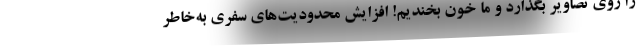
را روی تصاویر بگذارد و ما خون بخندیم! افزایش محدودیت‌های سفری به‌خاطر